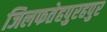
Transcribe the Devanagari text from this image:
जिलफतेहपुरहपुर